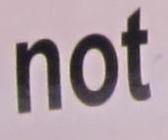
not